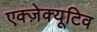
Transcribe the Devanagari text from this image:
एक्ज़ेक्यूटिव